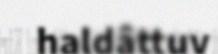
haldâttuv